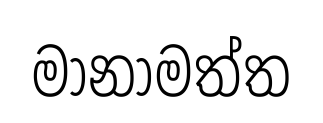
මානාමත්ත